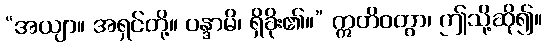
“အယျာ။ အရှင်တို့။ ဝန္ဒာမိ၊ ရှိခိုး၏။” ဣတိဝတွာ၊ ဤသို့ဆို၍။